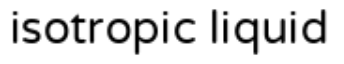
isotropic liquid